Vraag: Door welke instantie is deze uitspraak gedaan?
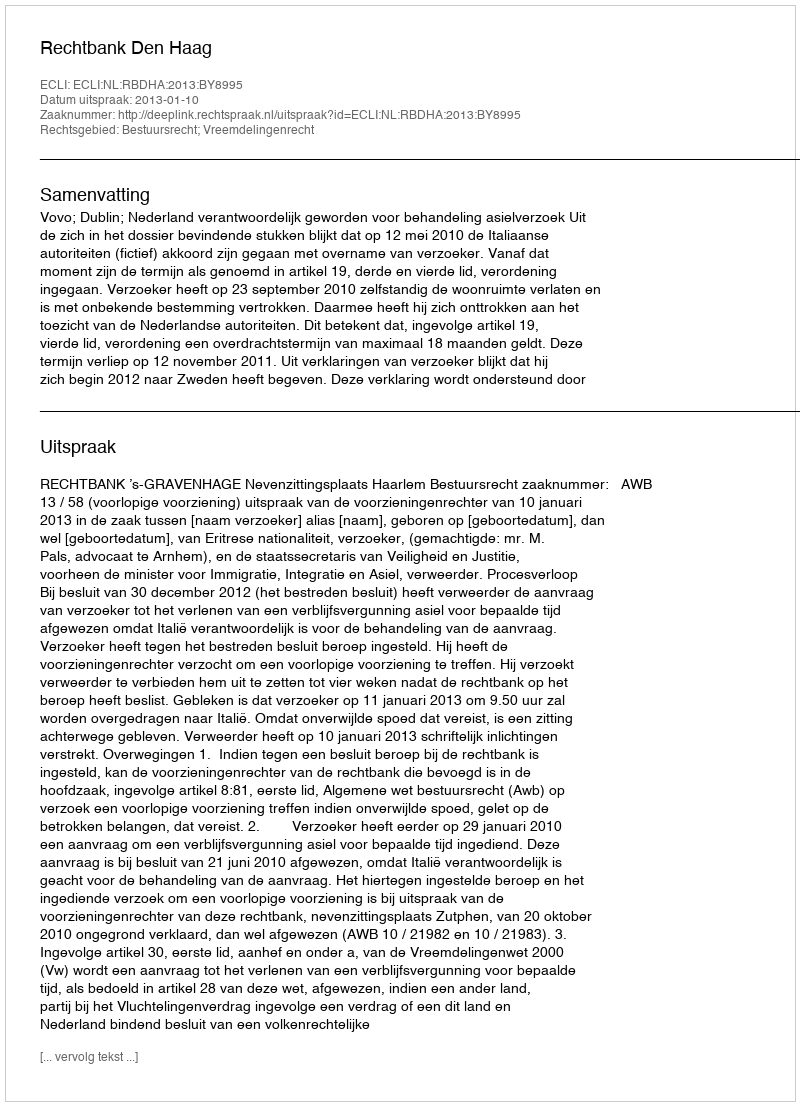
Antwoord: Rechtbank Den Haag